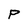
Character: P